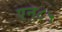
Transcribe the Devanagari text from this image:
एन८५